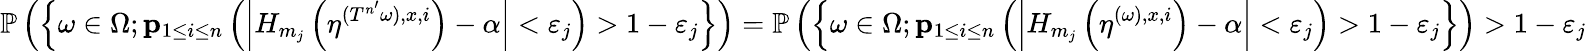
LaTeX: \mathbb P\left(\left\{ \omega\in\Omega;{\mathbf p}_{1\leq i\leq n}\left(\left|H_{m_{j}}\left(\eta^{(T^{n^{\prime}}\omega),x,i}\right)-\alpha\right|<\varepsilon_{j}\right)>1-\varepsilon_{j}\right\} \right)=\mathbb P\left(\left\{ \omega\in\Omega;{\mathbf p}_{1\leq i\leq n}\left(\left|H_{m_{j}}\left(\eta^{(\omega),x,i}\right)-\alpha\right|<\varepsilon_{j}\right)>1-\varepsilon_{j}\right\} \right)>1-\varepsilon_{j}